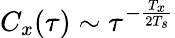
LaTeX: C_{x}(\tau)\sim\tau^{-\frac{T_{x}}{2T_{s}}}